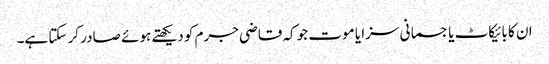
ان کا بائیکاٹ یا جسمانی سزا یا موت جو کہ قاضی جرم کو دیکھتے ہوئے صادر کر سکتا ہے۔